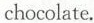
chocolate.